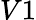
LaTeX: V1